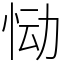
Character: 恸